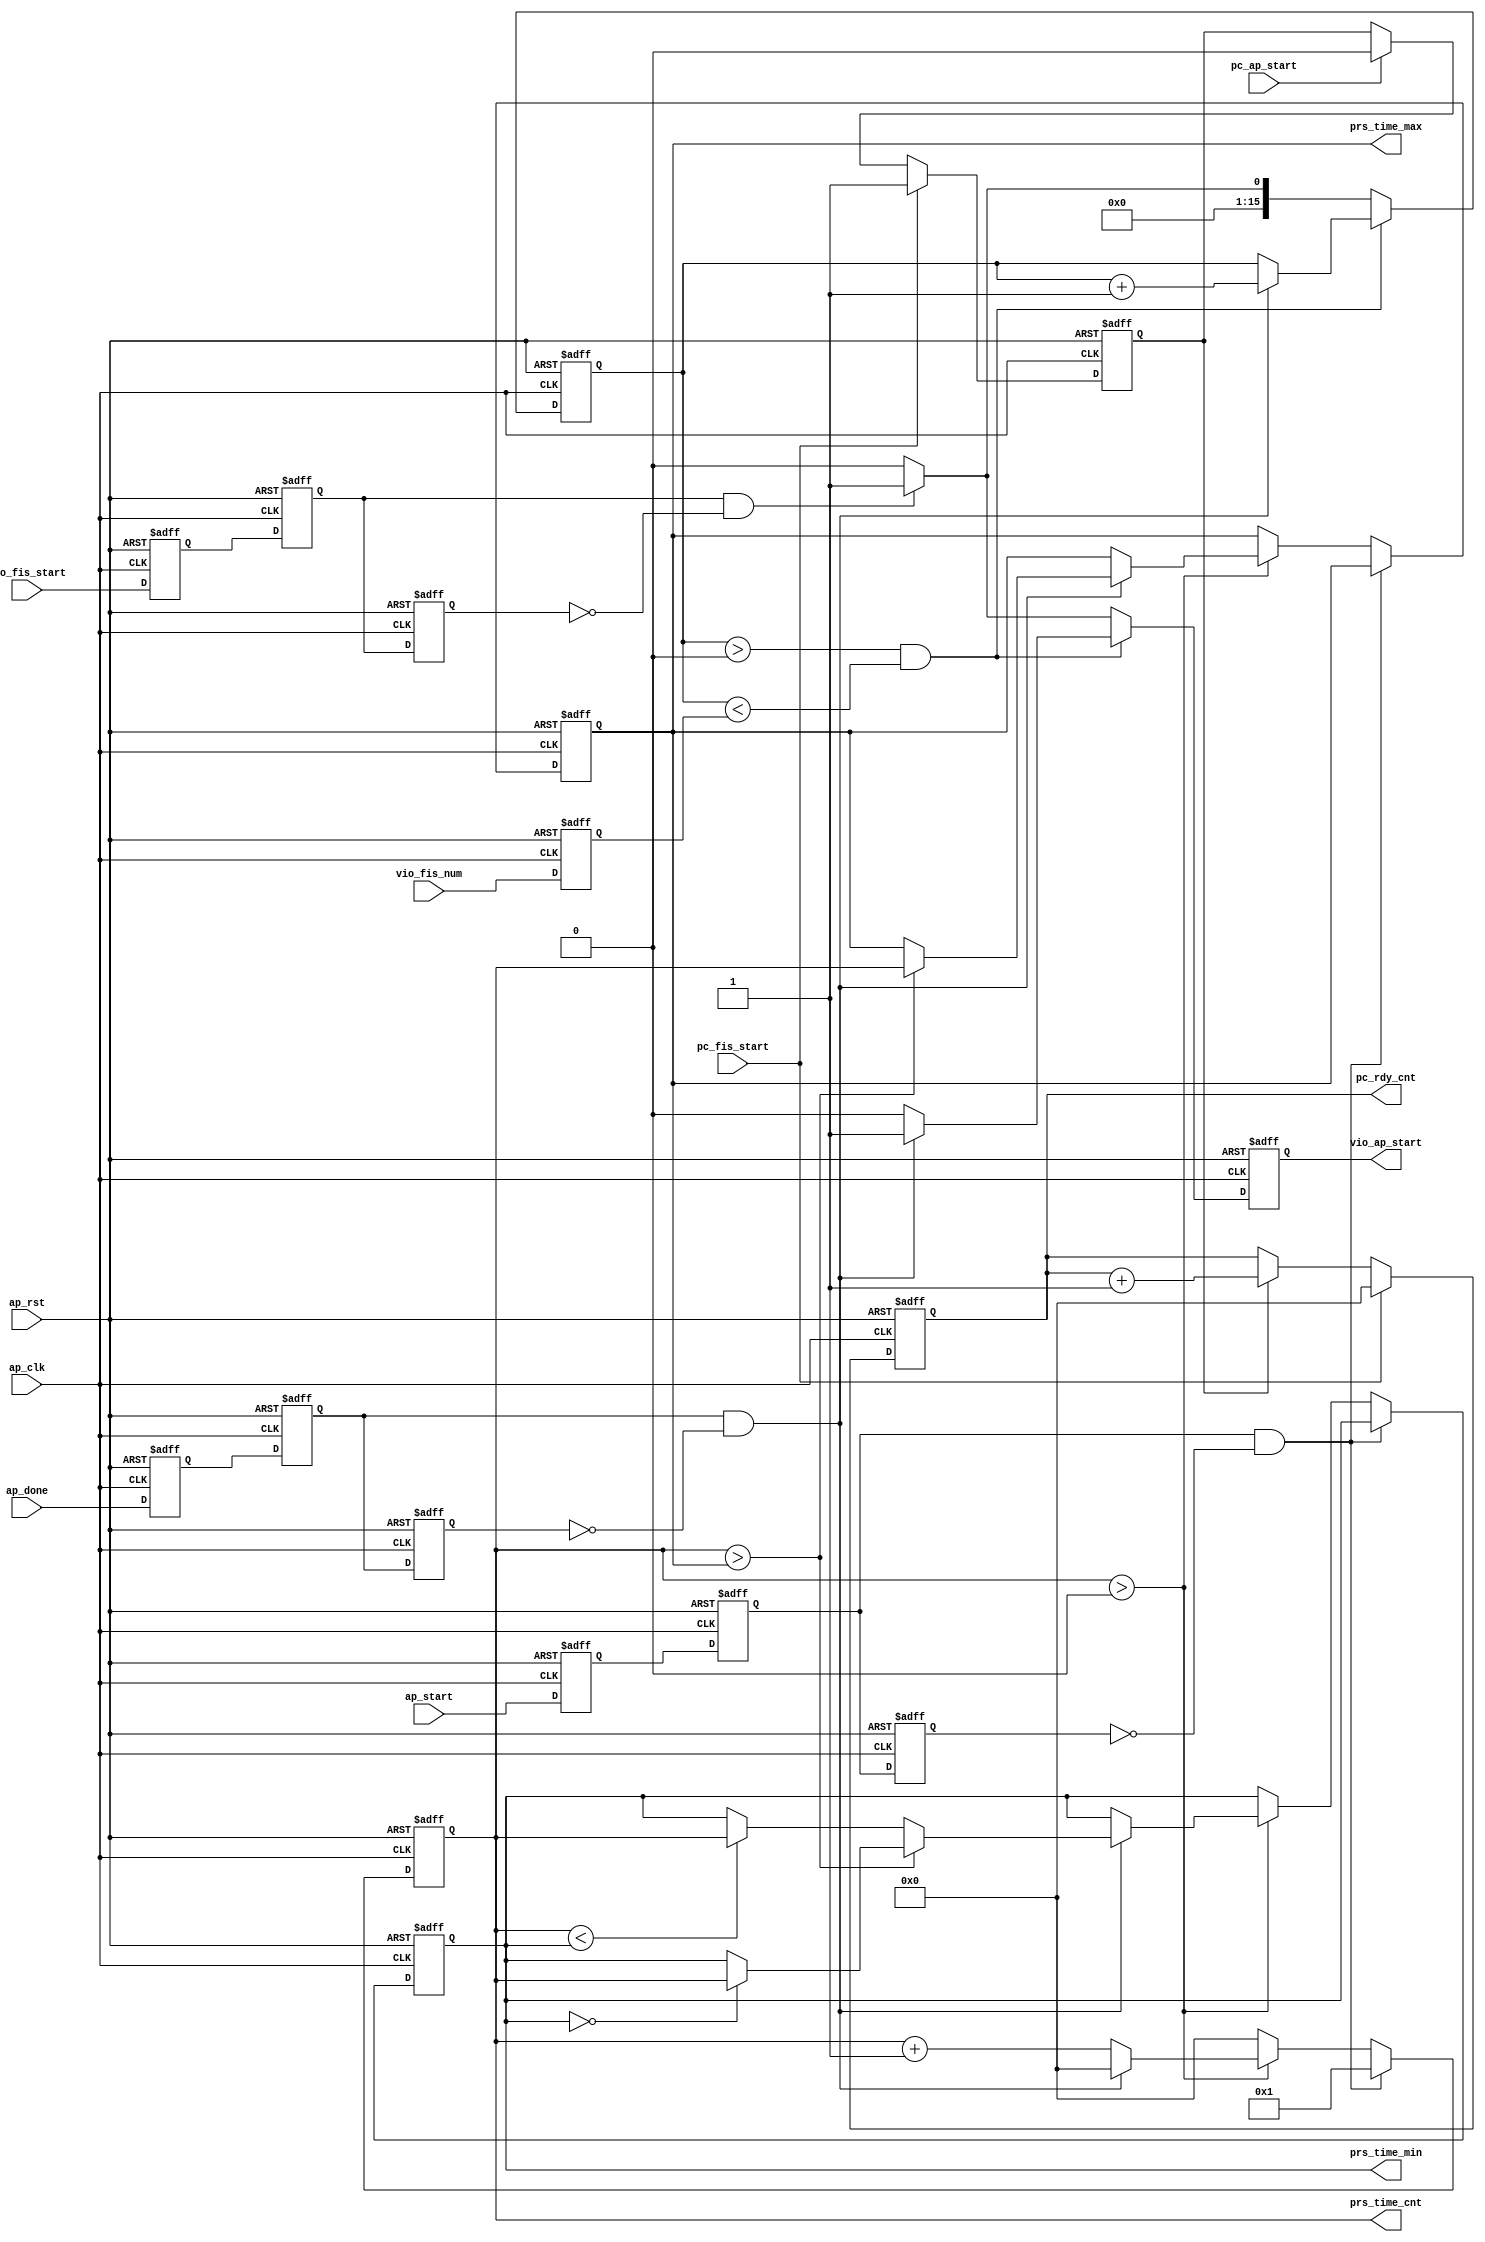

`timescale 1ns / 1ps

module usr_watch(
    input   wire  [00:0]   ap_clk         ,
    input   wire  [00:0]   ap_rst         ,
    input   wire  [00:0]   vio_fis_start  ,
    input   wire  [15:0]   vio_fis_num    ,
    output  reg   [00:0]   vio_ap_start   ,
    input   wire  [00:0]   ap_done        ,
    input   wire  [00:0]   ap_start       ,
    input   wire  [00:0]   pc_fis_start   ,
    input   wire  [00:0]   pc_ap_start    ,
    output  reg   [31:0]   prs_time_cnt   ,
    output  reg   [31:0]   prs_time_max   ,
    output  reg   [31:0]   prs_time_min   ,
    output  reg   [31:0]   pc_rdy_cnt      
    
    );
    //parameter defination

    //=========================================================//
    //===================inernal signals=======================//
    //=========================================================//
    reg   [00:0]         vio_fis_start_r0           ;
    reg   [00:0]         vio_fis_start_r1           ;
    reg   [00:0]         vio_fis_start_r2           ;
    reg   [15:0]         vio_fis_num_r              ;
    reg   [15:0]         fis_num_cnt                ;
    reg   [00:0]         pc_rdy_on                  ;
    
    reg   [00:0]         ap_start_r0                ;
    reg   [00:0]         ap_start_r1                ;
    reg   [00:0]         ap_start_r2                ;
    reg   [00:0]         ap_done_r0                 ;
    reg   [00:0]         ap_done_r1                 ;
    reg   [00:0]         ap_done_r2                 ;

    //=========================================================//
    //======================main process=======================//
    //=========================================================//
    //vio_fis_start_r0/vio_fis_start_r1/vio_fis_start_r2
    always @ (posedge ap_clk or posedge ap_rst)
    begin
        if(ap_rst==1'b1)
        begin
            vio_fis_start_r0 <= 1'b0 ;
            vio_fis_start_r1 <= 1'b0 ;
            vio_fis_start_r2 <= 1'b0 ;
            vio_fis_num_r <= 16'b0 ;
        end
        else
        begin
            vio_fis_start_r0 <= vio_fis_start ;
            vio_fis_start_r1 <= vio_fis_start_r0 ;
            vio_fis_start_r2 <= vio_fis_start_r1 ;
            vio_fis_num_r <= vio_fis_num ;
        end
    end
   
    always @ (posedge ap_clk or posedge ap_rst)
    begin
        if(ap_rst==1'b1)
        begin
            fis_num_cnt <= 16'b0 ;
            vio_ap_start <= 1'b0 ;
        end
        else
        begin
            if(fis_num_cnt>16'h0 && fis_num_cnt<vio_fis_num_r)
            begin
                if(ap_done_r1==1'b1 && ap_done_r2==1'b0)
                begin
                    fis_num_cnt <= fis_num_cnt + 16'h1 ;
                    vio_ap_start <= 1'b1 ;
                end
                else
                begin
                    fis_num_cnt <= fis_num_cnt ;
                    vio_ap_start <= 1'b0 ;
                end
            end
            else if(vio_fis_start_r1==1'b1 && vio_fis_start_r2==1'b0)
            begin
                fis_num_cnt <= 16'h1 ;
                vio_ap_start <= 1'b1 ;
            end
            else
            begin
                fis_num_cnt <= 16'b0 ;
                vio_ap_start <= 1'b0 ;
            end
        end
    end
    
    always @ (posedge ap_clk or posedge ap_rst)
    begin
        if(ap_rst==1'b1)
        begin
            ap_start_r0 <= 1'b0 ;
            ap_start_r1 <= 1'b0 ;
            ap_start_r2 <= 1'b0 ;
            ap_done_r0 <= 1'b0 ;
            ap_done_r1 <= 1'b0 ;
            ap_done_r2 <= 1'b0 ;
        end
        else
        begin
            ap_start_r0 <= ap_start ;
            ap_start_r1 <= ap_start_r0 ;
            ap_start_r2 <= ap_start_r1 ;
            ap_done_r0 <= ap_done ;
            ap_done_r1 <= ap_done_r0 ;
            ap_done_r2 <= ap_done_r1 ;
        end
    end
    
    always @ (posedge ap_clk or posedge ap_rst)
    begin
        if(ap_rst==1'b1)
        begin
            prs_time_cnt <= 32'b0 ;
            prs_time_max <= 32'b0 ;
            prs_time_min <= 32'b0 ;
        end
        else
        begin
            if(ap_start_r1==1'b1 && ap_start_r2==1'b0)
            begin
                prs_time_cnt <= 32'h1 ;
                prs_time_max <= prs_time_max ;
                prs_time_min <= prs_time_min ;
            end
            else if(prs_time_cnt>32'h0)
            begin
                if(ap_done_r1==1'b1 && ap_done_r2==1'b0)
                begin
                    prs_time_cnt <= 32'b0 ;
                    if(prs_time_cnt>prs_time_max)
                    begin
                        prs_time_max <= prs_time_cnt ;
                        if(prs_time_min==32'b0)
                        begin
                            prs_time_min <= prs_time_cnt ;
                        end
                        else
                        begin
                            prs_time_min <= prs_time_min ;
                        end
                    end
                    else if(prs_time_cnt<prs_time_min)
                    begin
                        prs_time_min <= prs_time_cnt ;
                        prs_time_max <= prs_time_max ;
                    end
                    else
                    begin
                        prs_time_min <= prs_time_min ;
                        prs_time_max <= prs_time_max ;
                    end
                end
                else
                begin
                    prs_time_cnt <= prs_time_cnt + 32'h1 ;
                    prs_time_min <= prs_time_min ;
                    prs_time_max <= prs_time_max ;
                end
            end
            else
            begin
                prs_time_cnt <= 32'b0 ;
                prs_time_min <= prs_time_min ;
                prs_time_max <= prs_time_max ;
            end
        end
    end
    
    always @ (posedge ap_clk or posedge ap_rst)
    begin
        if(ap_rst==1'b1)
        begin
            pc_rdy_on <= 1'b0 ;
        end
        else
        begin
            if(pc_fis_start==1'b1)
            begin
                pc_rdy_on <= 1'b1 ;
            end
            else if(pc_ap_start==1'b1)
            begin
                pc_rdy_on <= 1'b0 ;
            end
            else
            begin
                pc_rdy_on <= pc_rdy_on ;
            end
        end
    end
    
    always @ (posedge ap_clk or posedge ap_rst)
    begin
        if(ap_rst==1'b1)
        begin
            pc_rdy_cnt <= 32'b0 ;
        end
        else
        begin
            if(pc_fis_start==1'b1)
            begin
                pc_rdy_cnt <= 32'b0 ;
            end
            else if(pc_rdy_on==1'b1)
            begin
                pc_rdy_cnt <= pc_rdy_cnt + 32'h1 ;
            end
            else
            begin
                pc_rdy_cnt <= pc_rdy_cnt ;
            end
        end
    end
    //=========================================================//
    //===================inernal signals=======================//
    //=========================================================//

endmodule //main